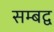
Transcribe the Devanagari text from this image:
सम्‍बद्व